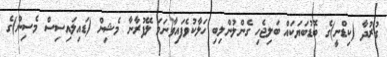
ގުރުދާ (ކިޑްނީ)ގެ ބޮޑުބަޔަކައް ބަލިޖެހި ގެންލުންލިބި ހަލާކުވެފައިވާނަމަ ލޭފުރާނާ މެޝިން (ޑައިލައިސިސް މެސިން)ގެ